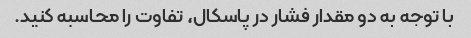
با توجه به دو مقدار فشار در پاسکال، تفاوت را محاسبه کنید.